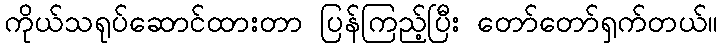
ကိုယ်သရုပ်ဆောင်ထားတာ ပြန်ကြည့်ပြီး တော်တော်ရှက်တယ်။